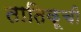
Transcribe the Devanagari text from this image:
तातिकूची